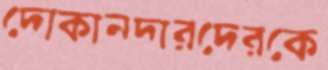
দোকানদারদেরকে